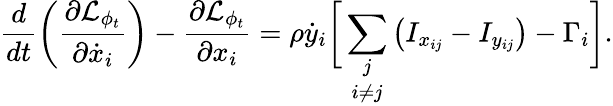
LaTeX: \frac{d}{dt}\left(\frac{\partial\mathcal{L}_{\phi_{t}}}{\partial\dot{x}_{i}}\right)-\frac{\partial\mathcal{L}_{\phi_{t}}}{\partial x_{i}}=\rho\dot{y}_{i}\biggr[\underset{i\neq j}{\sum_{j}}\left(I_{x_{ij}}-I_{y_{ij}}\right)-\Gamma_{i}\biggr].